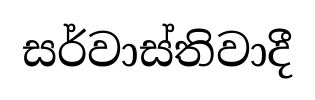
සර්වාස්තිවාදී